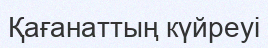
Қағанаттың күйреуі